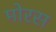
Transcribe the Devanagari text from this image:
मोरस